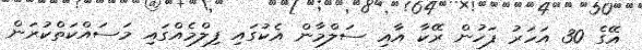
އޭގެ 30 އަހަރު ފަހުން ރޭކާ އާއި ސަލްމާން އެކުގައި ފިލްމެއްގައި މަސައްކަތްކުރަން